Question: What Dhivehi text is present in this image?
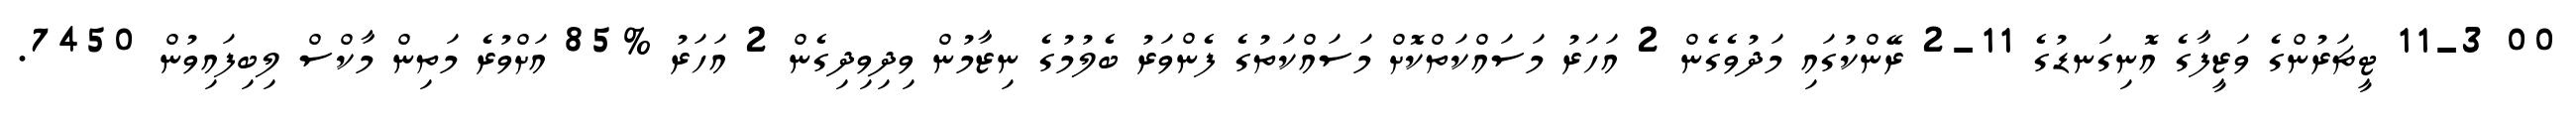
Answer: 00 11-3 ޓީޗަރުންގެ ވަޒީފާގެ އޮނިގަނޑުގެ 11-2 ރޭންކުގައި މަދުވެގެން 2 އަހަރު މަސައްކަތްކޮށް މަސައްކަތުގެ ފެންވަރު ބެލުމުގެ ނިޒާމުން ވިދިވިދިގެން 2 އަހަރު %85 އަށްވުރެ މަތިން މާކްސް ލިބިފައިވުން 7450.